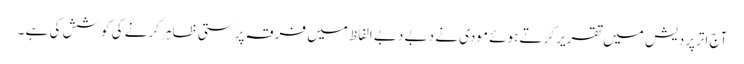
آج اترپردیش میں تقریر کرتے ہوئے مودی نے دبے دبے الفاظ میں فرقہ پرستی ظاہر کرنے کی کوشش کی ہے ۔